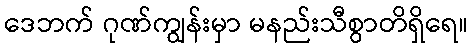
ဒေဘက် ဂုဏ်ကျွန်းမှာ မနည်းသီစွာတိရှိရေ။